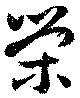
栄